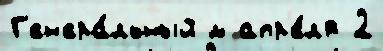
Г'ен'ера́льный м апр'е́л'я 2